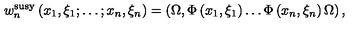
w _ { n } ^ { \mathrm { s u s y } } \left( x _ { 1 } , \xi _ { 1 } ; \ldots ; x _ { n } , \xi _ { n } \right) = \left( \Omega , \Phi \left( x _ { 1 } , \xi _ { 1 } \right) \ldots \Phi \left( x _ { n } , \xi _ { n } \right) \Omega \right) ,